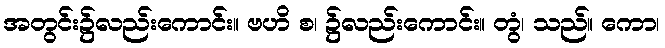
အတွင်း၌လည်းကောင်း။ ဗဟိ စ၊ ၌လည်းကောင်း။ တွံ၊ သည်။ ကော၊